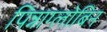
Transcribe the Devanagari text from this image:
पिन्नाग्लोबिन